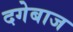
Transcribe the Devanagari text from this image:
दगेबाज